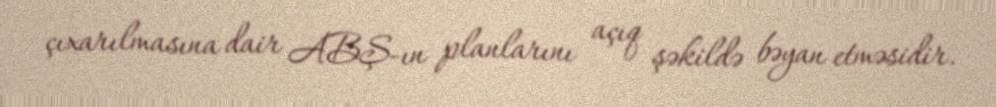
çıxarılmasına dair ABŞ-ın planlarını açıq şəkildə bəyan etməsidir.